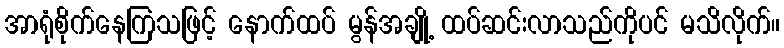
အာရုံစိုက်နေကြသဖြင့် နောက်ထပ် မွန်အချို့ ထပ်ဆင်းလာသည်ကိုပင် မသိလိုက်။